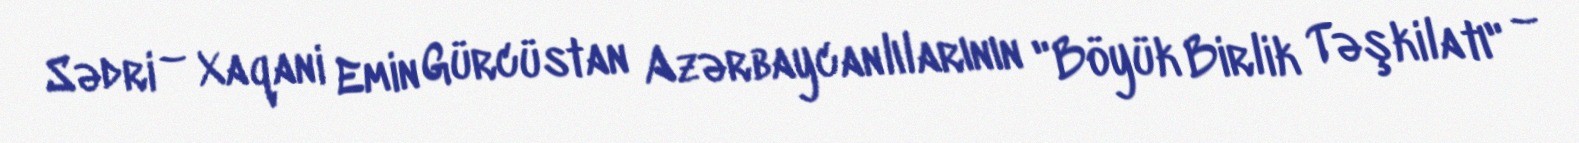
Sədri – Xaqani Emin Gürcüstan Azərbaycanlılarının "Böyük Birlik Təşkilatı" –